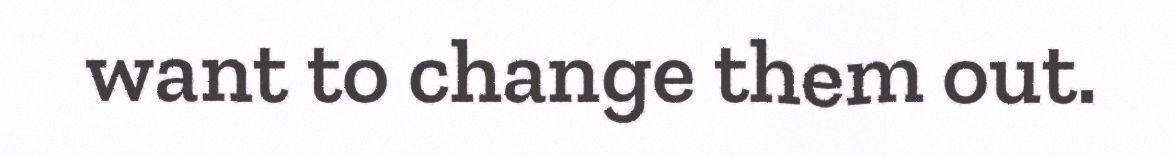
want to change them out.